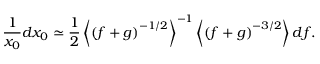
\frac { 1 } { x _ { 0 } } d x _ { 0 } \simeq \frac { 1 } { 2 } \left\langle \left( f + g \right) ^ { - 1 / 2 } \right\rangle ^ { - 1 } \left\langle \left( f + g \right) ^ { - 3 / 2 } \right\rangle d f .